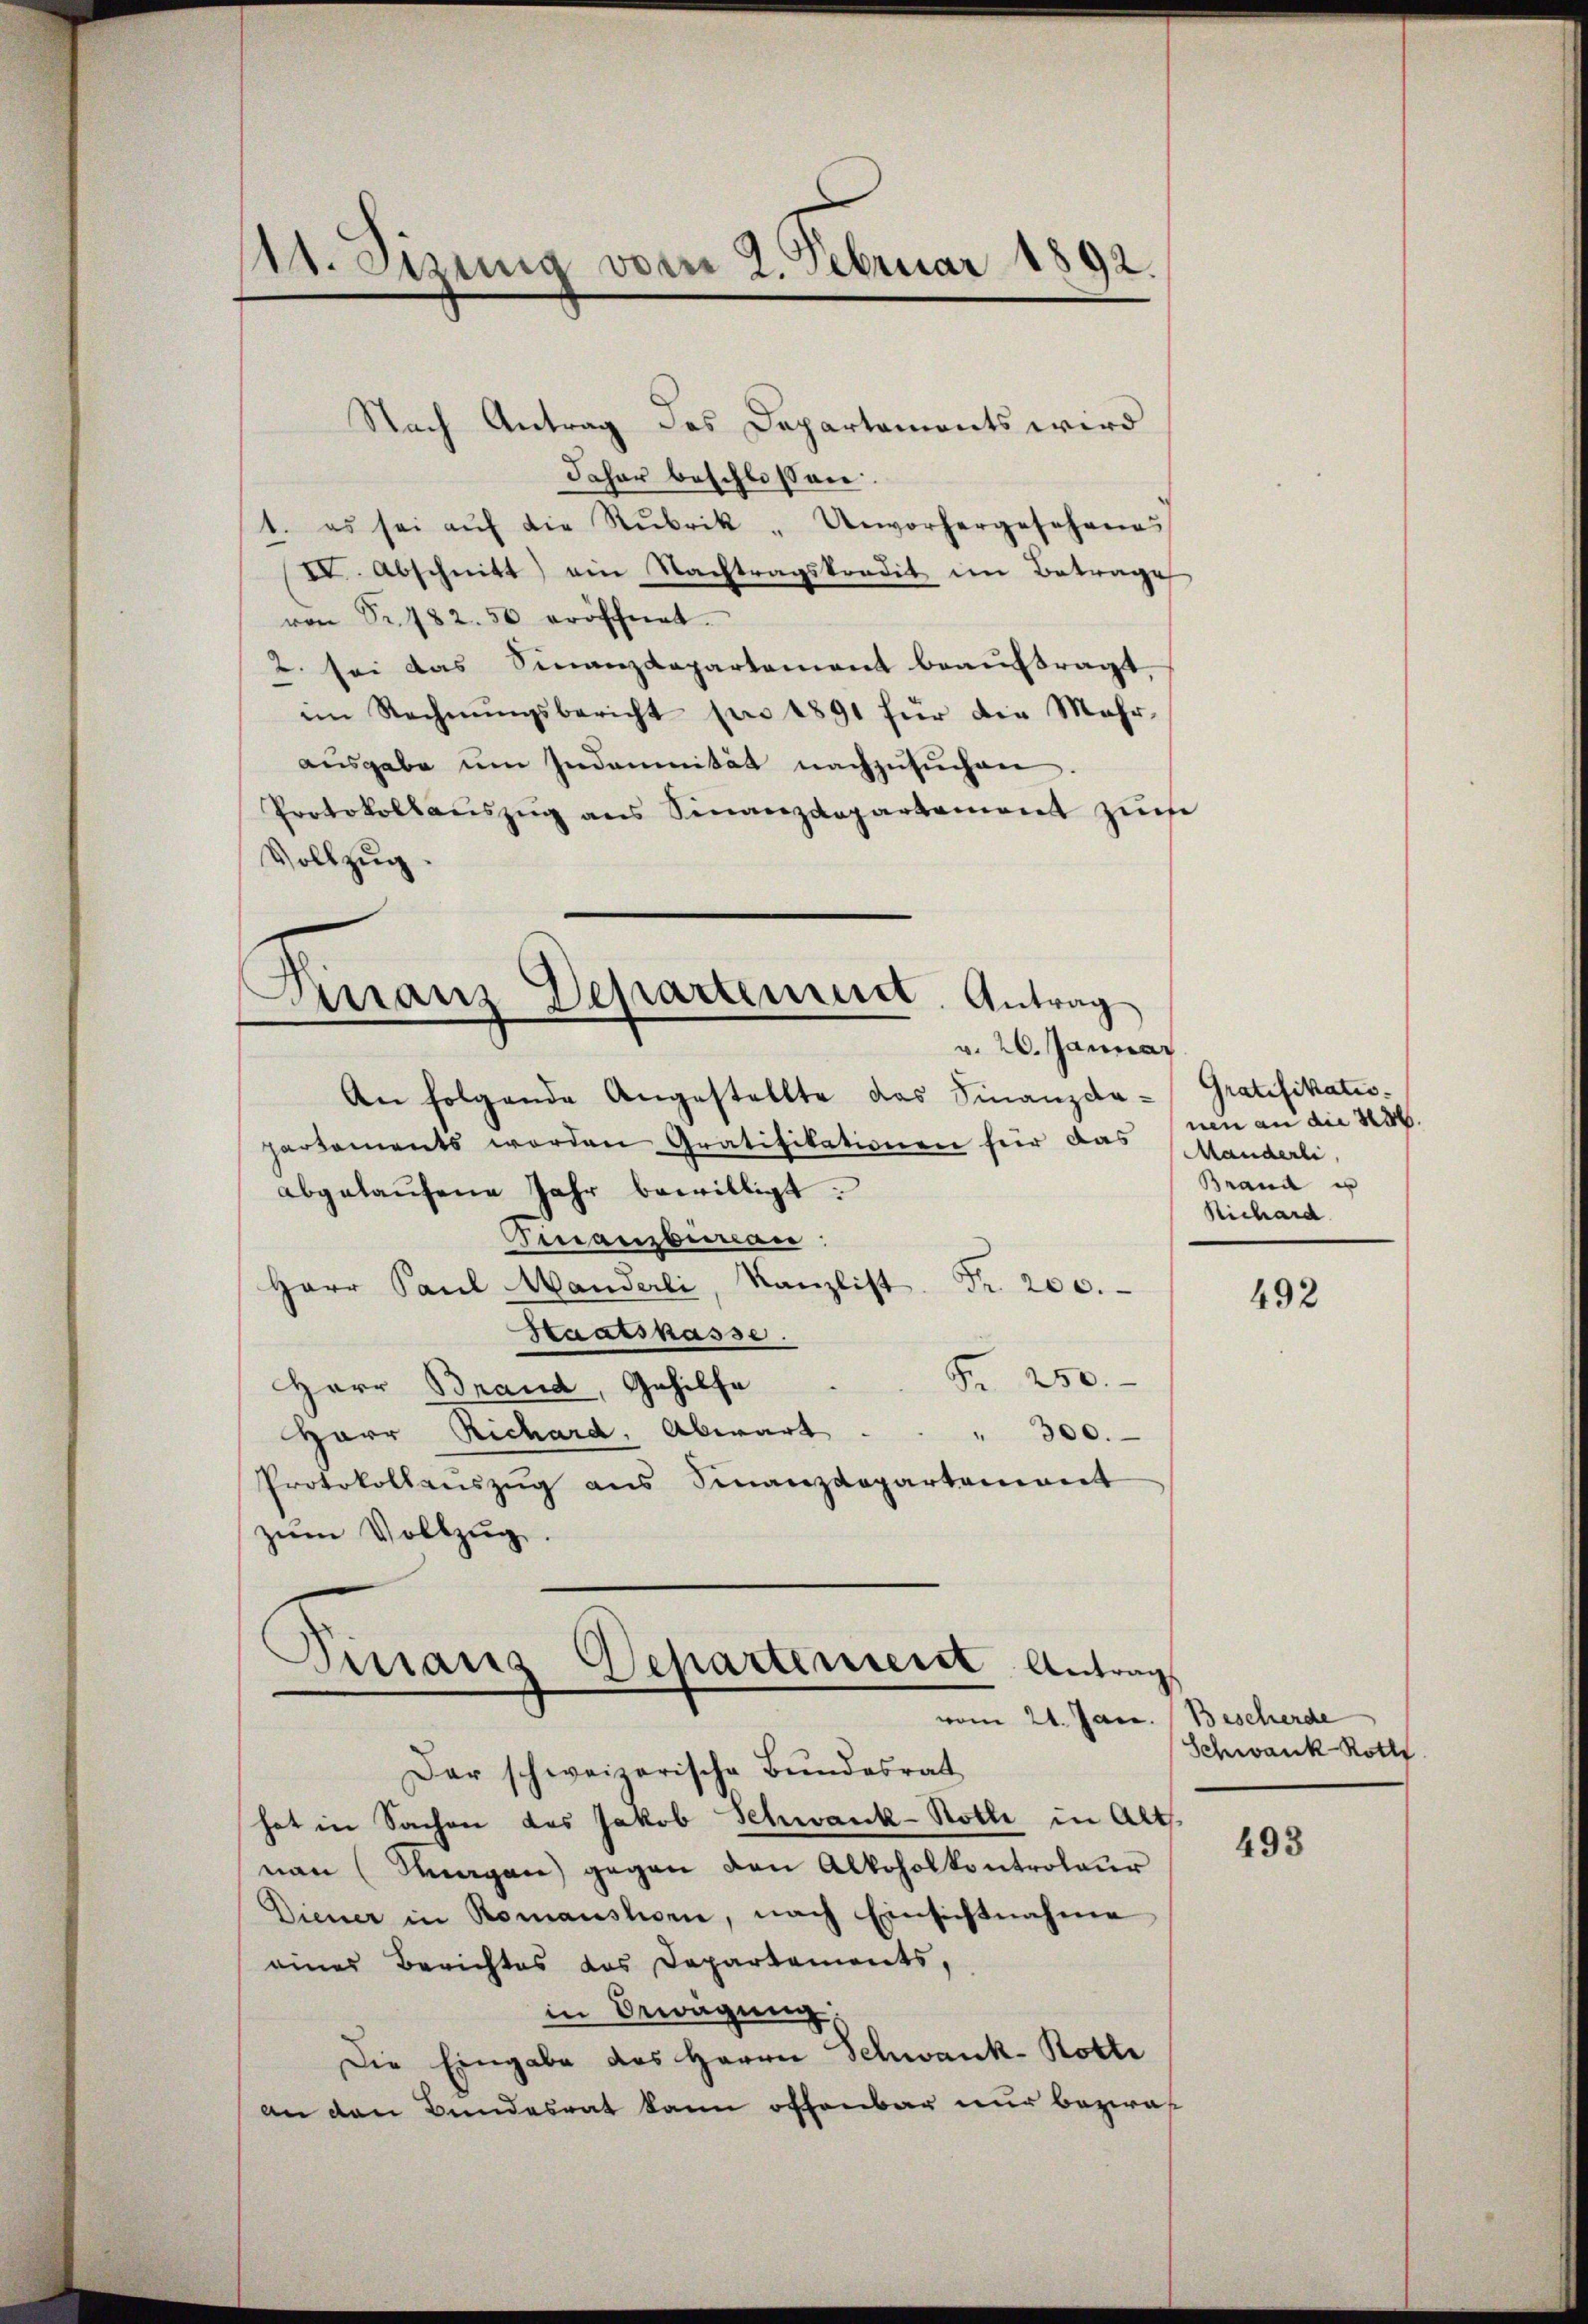
11. Jung vom 2. Februar 1892.

Nach Antrag des Departements wird
Jaher beschlossen:
1. es sei aŭf die Rubrik „Unvorhergesehenes
IV. Abschnitt ein Nachtragskondit im Betrage
von Sr. 482. 50 eröffnet.
2. sei das Finanzdepartement beauftragt,
im Rechnŭngsbericht pro 1891 für die Mehr-
ausgabe um Indemnität nachzusuchen
Protokollaŭszŭg ans Sinanzdepartement zŭm
Vollzug

Finanz Departement. Antrag
v. 20. Januar

An folgende Angestellte das Finanzda-Gratifikatio-
partements werden Gratifikationen für das
abgelaŭfene Jahr bewilligt.
Finanzbureau
Herr Paul Manderli, Kanzlist
Fr. 200.
Staatskasse.
Fr. 250.
Herr Brand, Gehilfe
Herr Richard. Abwart . . . 300.
Protokollenszŭg ans Finanzdepartement
zŭm Vollzŭg.

Piniano Departement Antrag
vom 21. Jan. Bescherde

Der schweizerische Bundesrat
hat in Sachen das Jakob Schwank-Rotte in Alts
nan (Kragen) gegen den Alkoholkontroleur
Diener in Romanshorn, nach Einsichtnahme
eines Berichtes das Departements,
in Bewägŭng:
Die Eingabe des Herrn Schwank-Rotte
an den Bundesrat kann offenbar nur bezwa¬

nen an die 256.
Manderli,
Brand u
Richard

492

Schwank Roth

493